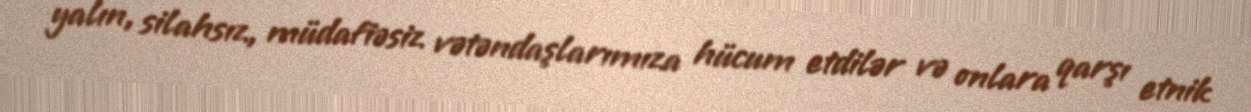
yalın, silahsız, müdafiəsiz vətəndaşlarımıza hücum etdilər və onlara qarşı etnik